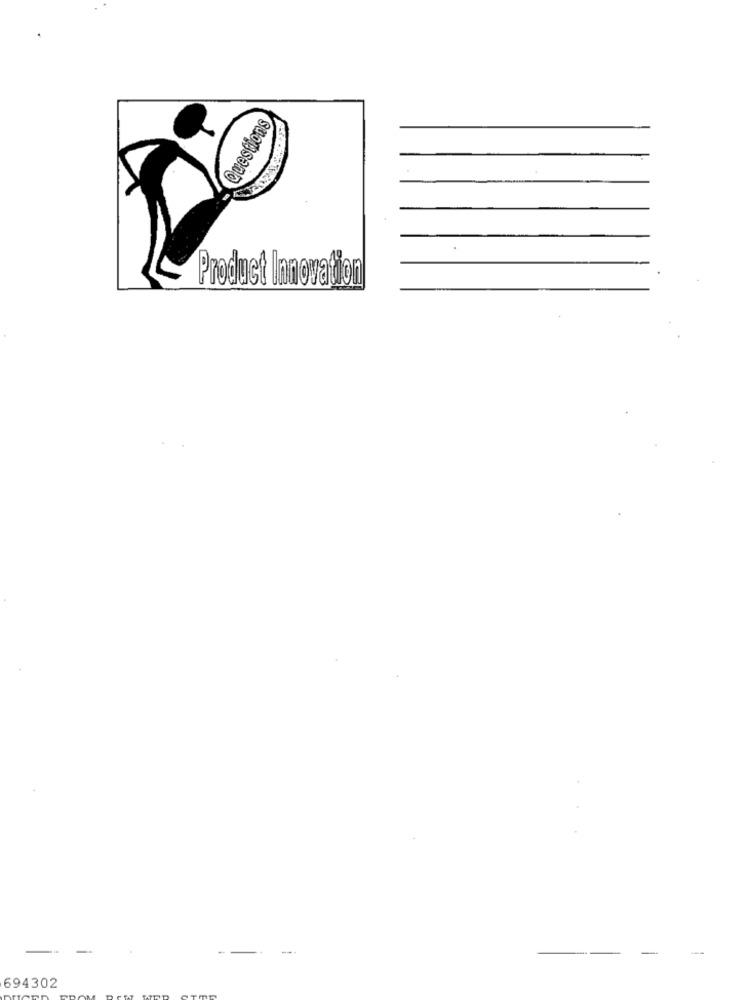
Questions
Product Innovation
---
694302